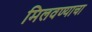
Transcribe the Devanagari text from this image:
मिलवण्याचा